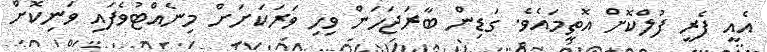
އެއީ ފެރީ ފުލްކޮށް އޮތީމައެވެ. ގަޑިން ބާރަޖަހަން ވިހި ވަރަކަށަށް މިނެއްޓުވެފައި ވަނިކޮށް